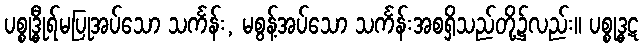
ပစ္စုဒ္ဓီုရ်မပြုအပ်သော သင်္ကန်း, မစွန့်အပ်သော သင်္ကန်းအစရှိသည်တို့၌လည်း။ ပစ္စုဒ္ဓဋ